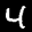
Label: 4